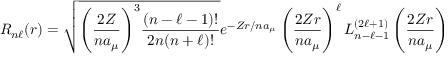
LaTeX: R _ { n \ell } ( r ) = { \sqrt { { \left( { \frac { 2 Z } { n a _ { \mu } } } \right) } ^ { 3 } { \frac { ( n - \ell - 1 ) ! } { 2 n ( n + \ell ) ! } } } } e ^ { - Z r / { n a _ { \mu } } } \left( { \frac { 2 Z r } { n a _ { \mu } } } \right) ^ { \ell } L _ { n - \ell - 1 } ^ { ( 2 \ell + 1 ) } \left( { \frac { 2 Z r } { n a _ { \mu } } } \right)